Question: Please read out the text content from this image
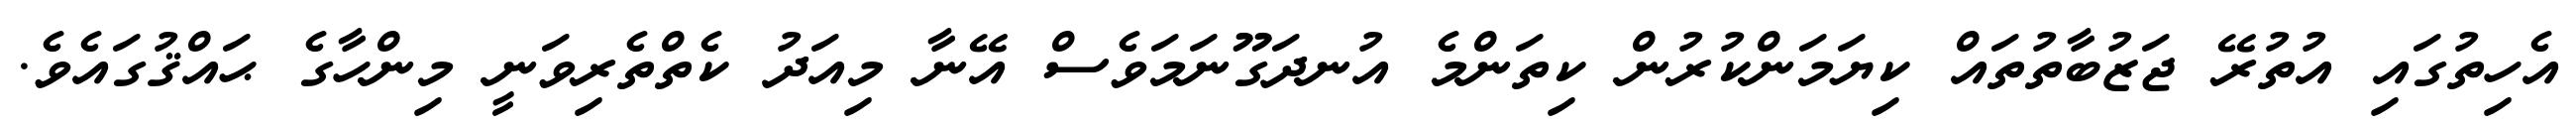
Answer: އެހިތުގައި އުތުރޭ ޖަޒުބާތުތައް ކިޔަމަންކުރުން ކިތަންމެ އުނދަގޫނަމަވެސް އޭނާ މިއަދު ކެތްތެރިވަނީ މިންހާގެ ޙައްޤުގައެވެ.